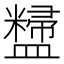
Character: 𪾚